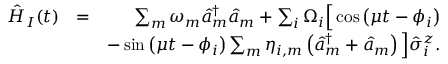
\begin{array} { r l r } { \hat { H } _ { I } ( t ) } & { = } & { \sum _ { m } \omega _ { m } \hat { a } _ { m } ^ { \dag } \hat { a } _ { m } + \sum _ { i } \Omega _ { i } \Big [ \cos \left( \mu t - \phi _ { i } \right) } \\ & { } & { - \sin \left( \mu t - \phi _ { i } \right) \sum _ { m } \eta _ { i , m } \left( \hat { a } _ { m } ^ { \dag } + \hat { a } _ { m } \right) \Big ] \hat { \sigma } _ { i } ^ { z } . } \end{array}